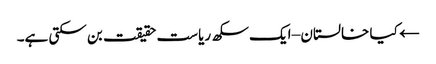
← کیا خالستان – ایک سکھ ریاست حقیقت بن سکتی ہے۔